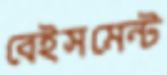
বেইসমেন্ট